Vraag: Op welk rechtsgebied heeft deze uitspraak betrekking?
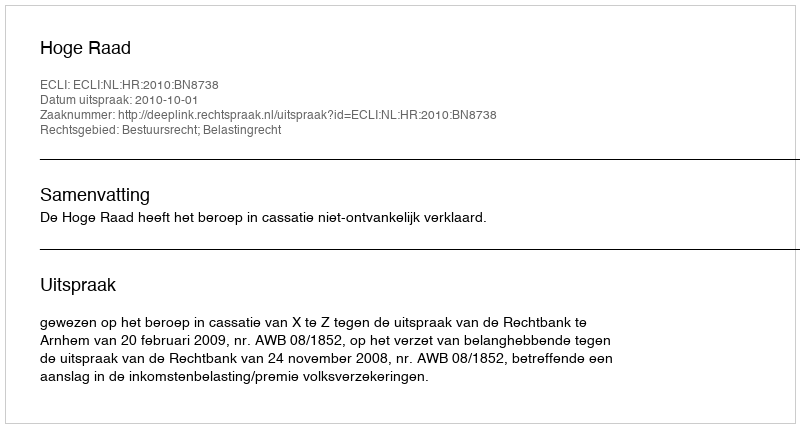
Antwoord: Bestuursrecht; Belastingrecht